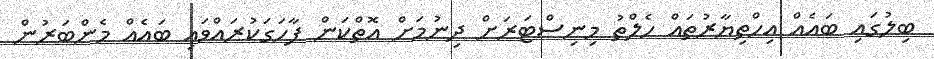
ބިލުގައި ބައެއް އިހްތިޔާރުތައް ހެލްތު މިނިސްޓަރަށް ދިނުމަށް އޮތްކަން ފާހަގަކުރައްވައި ބައެއް މެންބަރުން